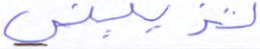
تزييني